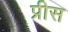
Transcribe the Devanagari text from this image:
प्रीस